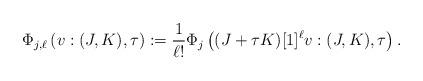
LaTeX: \begin{align*} \Phi_{j,\ell} \left(v:(J,K),\tau \right) := \frac{1}{\ell !}\Phi_j \left( (J+\tau K)[1]^\ell v :(J,K),\tau \right). \end{align*}